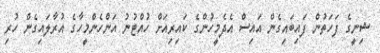
ޝިނީގެ ފަހަތުން ފައިބައިގެން އައިސް އެދެމީހުންގެ ކައިރިއަށް ހުއްޓުނު އަންހެންމީހާގެ އުރާލައިގެން ހުރި